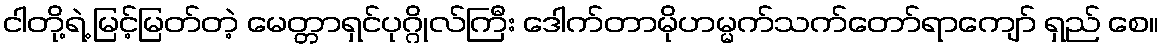
ငါတို့ရဲ့ မြင့်မြတ်တဲ့ မေတ္တာရှင်ပုဂ္ဂိုလ်ကြီး ဒေါက်တာမိုဟမ္မက်သက်တော်ရာကျော် ရှည် စေ။